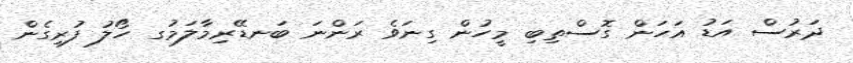
ދަރުސް އަޑު އަހަން ގޮސްތިބި މީހުން ގިނަވެ ރަންނަ ބަނޑޭރިމާލަމުގ ހޯލު ފުރިގެން